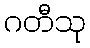
ဂတီသု